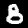
Label: 8